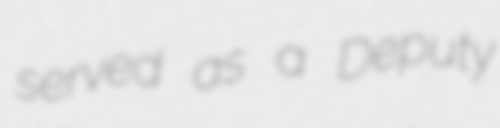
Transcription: served as a Deputy